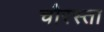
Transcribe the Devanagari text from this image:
चौरस्ता